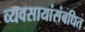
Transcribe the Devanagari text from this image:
व्यवसायांसंबधित